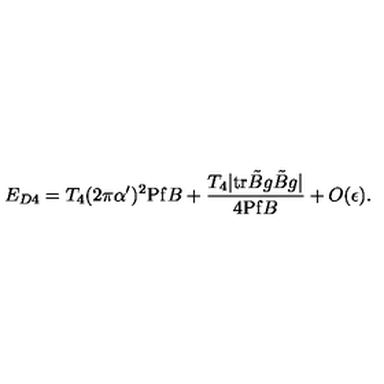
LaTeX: E _ { D 4 } = T _ { 4 } ( 2 \pi \alpha ^ { \prime } ) ^ { 2 } \mathrm { P f } B + \frac { T _ { 4 } | \mathrm { t r } \tilde { B } g \tilde { B } g | } { 4 \mathrm { P f } B } + O ( \epsilon ) .